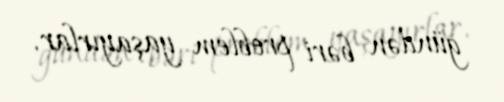
gündən bəri problem yaşayırlar.